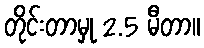
တိုင်းတာမှု 2.5 မီတာ။